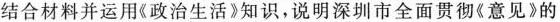
结合材料并运用\ll 政治生活 \gg知识，说明深圳市全面贯彻\ll意见 \gg的